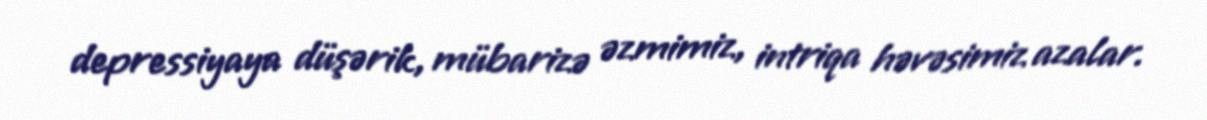
depressiyaya düşərik, mübarizə əzmimiz, intriqa həvəsimiz azalar.